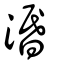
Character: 湣